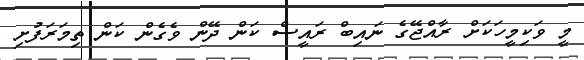
މީ ވަކިމީހަކަށް ރާއްޖޭގެ ނައިބް ރައީސް ކަން ދޭން ވެގެން ކަން ތިމަރަފުށި